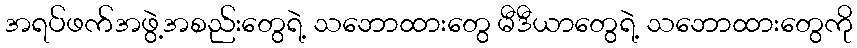
အရပ်ဖက်အဖွဲ့အစည်းတွေရဲ့ သဘောထားတွေ မီဒီယာတွေရဲ့ သဘောထားတွေကို